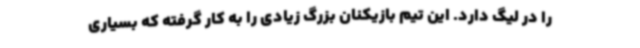
را در لیگ دارد. این تیم بازیکنان بزرگ زیادی را به کار گرفته که بسیاری